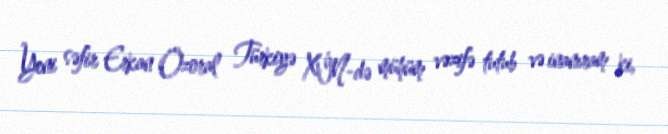
Yeni səfir Erkan Özoral Türkiyə XİN-də mühüm vəzifə tutub və inanıram ki,